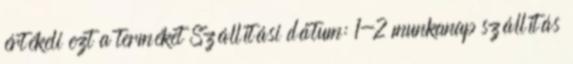
értékeli ezt a terméket Szállítási dátum: 1-2 munkanap szállítás